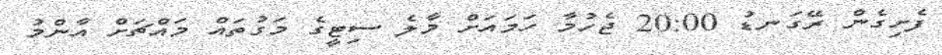
ފެށިގެން ރޭގަނޑު 20:00 ޖެހުމާ ހަމައަށް މާލެ ސިޓީގެ މަގުތައް މައްޗަށް އާންމު